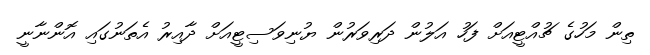
ތިން މަހުގެ ޗުއްޓީއަށް ފަހު އަލުން ދަރިވަރުން ޔުނިވަސިޓީއަށް ދާއިރު އެތަނުގައި އޮންނާނީ